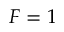
F = 1